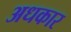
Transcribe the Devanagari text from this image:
अधकार